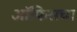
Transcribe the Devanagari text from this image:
ऑफिसचा